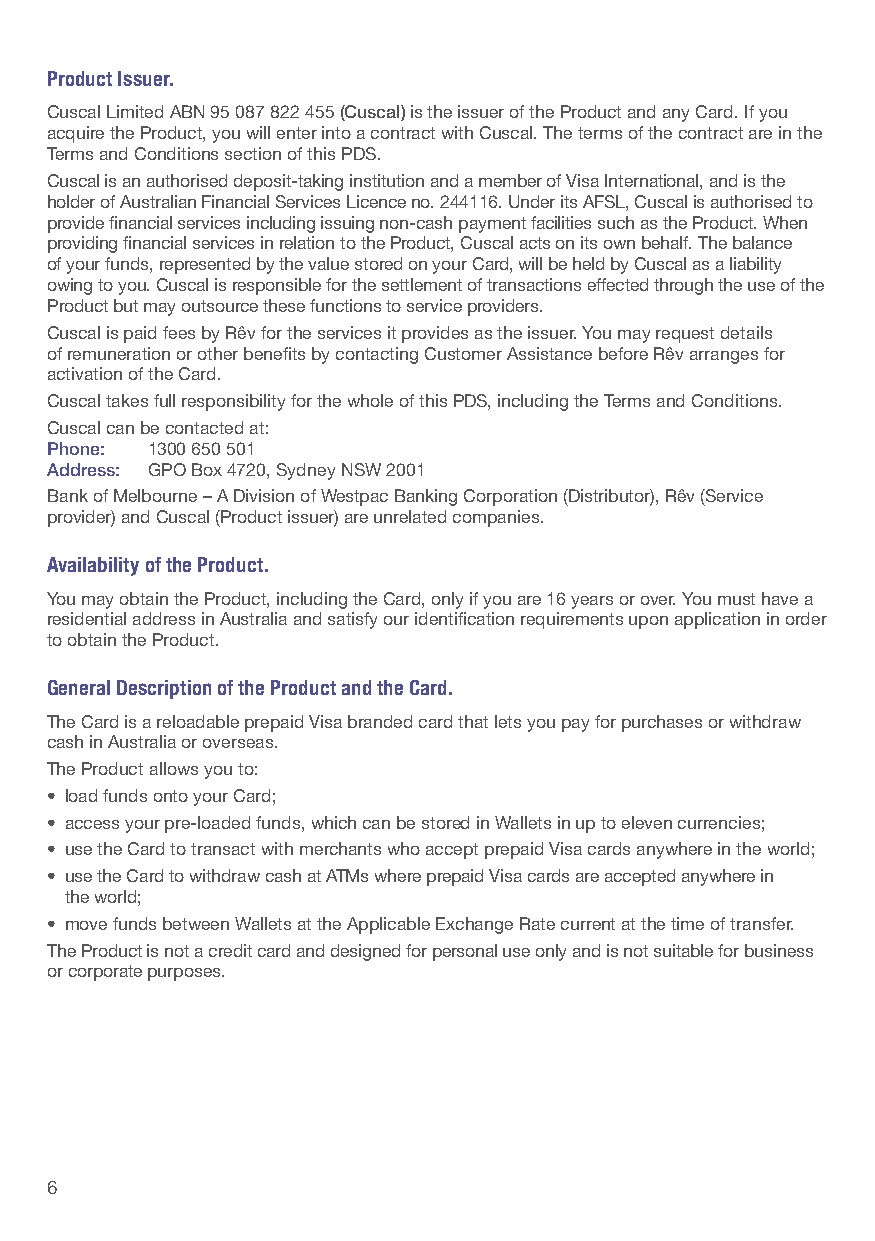
Product Issuer.
 Cuscal Limited ABN 95 087 822 455 (Cuscal) is the issuer of the Product and any Card. If you
 acquire the Product, you will enter into a contract with Cuscal. The terms of the contract are in the
 Terms and Conditions section of this PDS.
 Cuscal is an authorised deposit-taking institution and a member of Visa International, and is the
 holder of Australian Financial Services Licence no. 244116. Under its AFSL, Cuscal is authorised to
 provide financial services including issuing non-cash payment facilities such as the Product. When
 providing financial services in relation to the Product, Cuscal acts on its own behalf. The balance
 of your funds, represented by the value stored on your Card, will be held by Cuscal as a liability
 owing to you. Cuscal is responsible for the settlement of transactions effected through the use of the
 Product but may outsource these functions to service providers.
 Cuscal is paid fees by Rêv for the services it provides as the issuer. You may request details
 of remuneration or other benefits by contacting Customer Assistance before Rêv arranges for
 activation of the Card.
 Cuscal takes full responsibility for the whole of this PDS, including the Terms and Conditions.
 Cuscal can be contacted at:
 Phone: 1300 650 501
 Address: GPO Box 4720, Sydney NSW 2001
 Bank of Melbourne – A Division of Westpac Banking Corporation (Distributor), Rêv (Service
 provider) and Cuscal (Product issuer) are unrelated companies.
 Availability of the Product.
 You may obtain the Product, including the Card, only if you are 16 years or over. You must have a
 residential address in Australia and satisfy our identification requirements upon application in order
 to obtain the Product.
 General Description of the Product and the Card.
 The Card is a reloadable prepaid Visa branded card that lets you pay for purchases or withdraw
 cash in Australia or overseas.
 The Product allows you to:
 • load funds onto your Card;
 • access your pre-loaded funds, which can be stored in Wallets in up to eleven currencies;
 • use the Card to transact with merchants who accept prepaid Visa cards anywhere in the world;
 • use the Card to withdraw cash at ATMs where prepaid Visa cards are accepted anywhere in
 the world;
 • move funds between Wallets at the Applicable Exchange Rate current at the time of transfer.
 The Product is not a credit card and designed for personal use only and is not suitable for business
 or corporate purposes.
 6                                                                                                            7